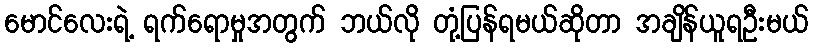
မောင်လေးရဲ့ ရက်ရောမှုအတွက် ဘယ်လို တုံ့ပြန်ရမယ်ဆိုတာ အချိန်ယူရဦးမယ်